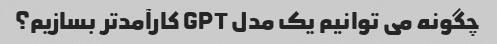
چگونه می توانیم یک مدل GPT کارآمدتر بسازیم؟